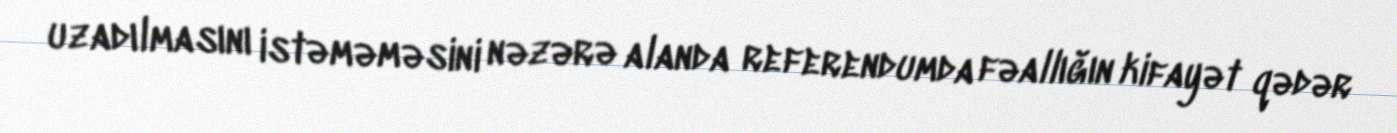
uzadılmasını istəməməsini nəzərə alanda referendumda fəallığın kifayət qədər